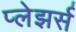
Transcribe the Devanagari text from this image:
प्लेझर्स